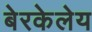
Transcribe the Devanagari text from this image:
बेरकेलेय